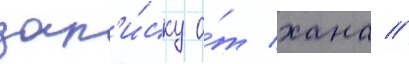
зап'и́ску о́т хана //